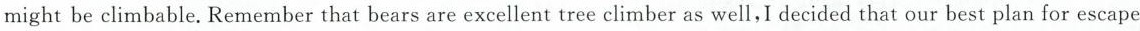
might be climbable. Remember that bears are excellent tree climber as well，I decided that our best plan for escape